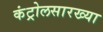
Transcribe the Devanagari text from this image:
कंट्रोलसारख्या